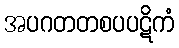
အပဂတတစပပဋိကံ